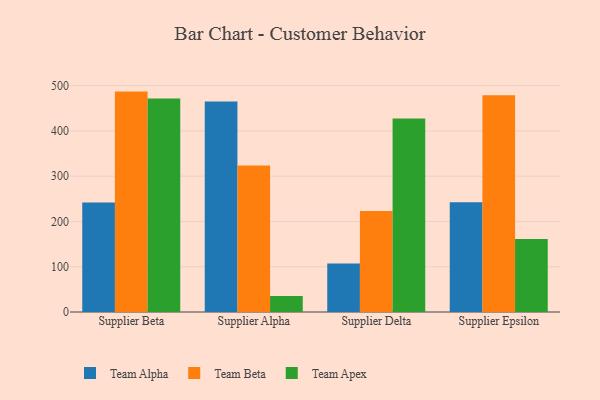
{"axis": {"x": "Supplier", "y": "Website Visitors"}, "legend": ["Team Alpha", "Team Apex", "Team Beta"], "data": [{"x": "Supplier Beta", "y": 242.1, "type": "Team Alpha"}, {"x": "Supplier Beta", "y": 486.8, "type": "Team Beta"}, {"x": "Supplier Beta", "y": 471.5, "type": "Team Apex"}, {"x": "Supplier Alpha", "y": 465.1, "type": "Team Alpha"}, {"x": "Supplier Alpha", "y": 323.6, "type": "Team Beta"}, {"x": "Supplier Alpha", "y": 35.2, "type": "Team Apex"}, {"x": "Supplier Delta", "y": 107.0, "type": "Team Alpha"}, {"x": "Supplier Delta", "y": 223.0, "type": "Team Beta"}, {"x": "Supplier Delta", "y": 427.2, "type": "Team Apex"}, {"x": "Supplier Epsilon", "y": 242.5, "type": "Team Alpha"}, {"x": "Supplier Epsilon", "y": 478.6, "type": "Team Beta"}, {"x": "Supplier Epsilon", "y": 161.0, "type": "Team Apex"}]}